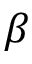
\beta